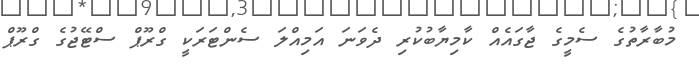
މުބާރާތުގެ ސެމީގެ ޖާގައެއް ކާމިޔާބުކުރި ދެވަނަ އަމިއްލަ ސެންޓަރަކީ ގްރޫޕް ސްޓޭޖުގެ ގްރޫޕް